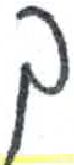
אות: ך